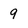
Character: 9